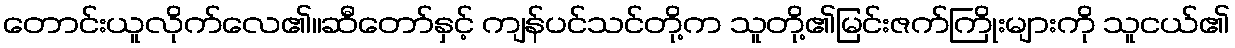
တောင်းယူလိုက်လေ၏။ဆီတော်နှင့် ကျန်ပင်သင်တို့က သူတို့၏မြင်းဇက်ကြိုးများကို သူငယ်၏